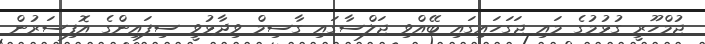
ޖުމްހޫރީ ގުޅުމުގެ މައި ޖަގަހައިގައި ބޭއްވި ޖަލްސާގައި ގާސިމް ވިދާޅުވީ ސިފައިންގެ އޮފިސަރުން